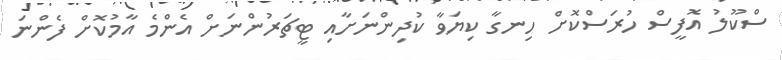
ސްކޫލު އޮފީސް ހުރަސްކޮށް ހިނގާ ކިޔަވާ ކުދިންނަށާއި ޓީޗަރުންނަށް އެންމެ އާމުކޮށް ފެންނަ